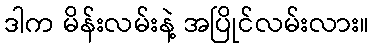
ဒါက မိန်းလမ်းနဲ့ အပြိုင်လမ်းလား။